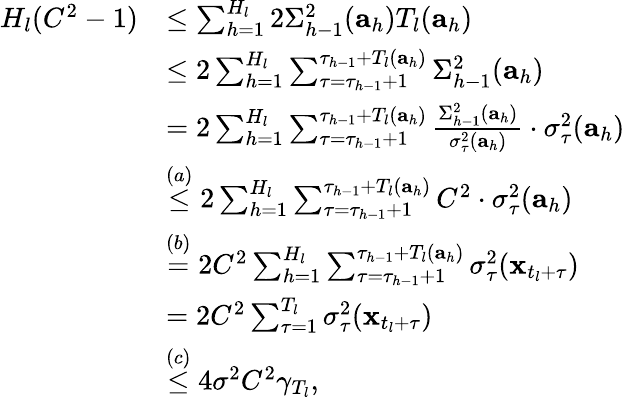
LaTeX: \begin{array}{rl}{H_{l}(C^{2}-1)}&{\leq\sum_{h=1}^{H_{l}}2\Sigma_{h-1}^{2}(\mathbf{a}_{h})T_{l}(\mathbf{a}_{h})}\\ &{\leq 2\sum_{h=1}^{H_{l}}\sum_{\tau=\tau_{h-1}+1}^{\tau_{h-1}+T_{l}(\mathbf{a}_{h})}\Sigma_{h-1}^{2}(\mathbf{a}_{h})}\\ &{=2\sum_{h=1}^{H_{l}}\sum_{\tau=\tau_{h-1}+1}^{\tau_{h-1}+T_{l}(\mathbf{a}_{h})}\frac{\Sigma_{h-1}^{2}(\mathbf{a}_{h})}{\sigma_{\tau}^{2}(\mathbf{a}_{h})}\cdot\sigma_{\tau}^{2}(\mathbf{a}_{h})}\\ &{\overset{(a)}{\leq}2\sum_{h=1}^{H_{l}}\sum_{\tau=\tau_{h-1}+1}^{\tau_{h-1}+T_{l}(\mathbf{a}_{h})}C^{2}\cdot\sigma_{\tau}^{2}(\mathbf{a}_{h})}\\ &{\overset{(b)}{=}2C^{2}\sum_{h=1}^{H_{l}}\sum_{\tau=\tau_{h-1}+1}^{\tau_{h-1}+T_{l}(\mathbf{a}_{h})}\sigma_{\tau}^{2}(\mathbf{x}_{t_{l}+\tau})}\\ &{=2C^{2}\sum_{\tau=1}^{T_{l}}\sigma_{\tau}^{2}(\mathbf{x}_{t_{l}+\tau})}\\ &{\overset{(c)}{\leq}4\sigma^{2}C^{2}\gamma_{T_{l}},}\end{array}